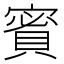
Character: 𧶡